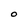
Character: O